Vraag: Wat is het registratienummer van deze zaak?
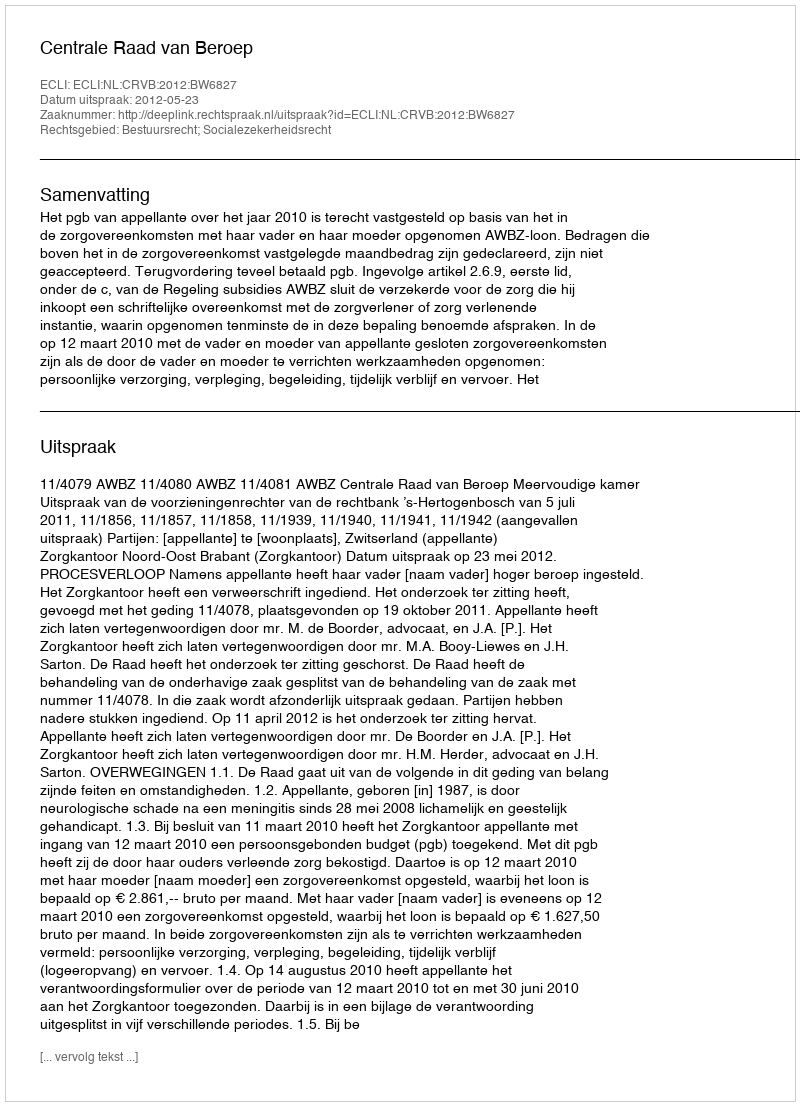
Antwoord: http://deeplink.rechtspraak.nl/uitspraak?id=ECLI:NL:CRVB:2012:BW6827